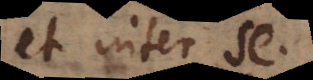
sunt inter se.